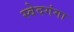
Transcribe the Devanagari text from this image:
स्वेदगंगा